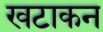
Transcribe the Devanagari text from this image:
खटाकन